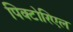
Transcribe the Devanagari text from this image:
पिक्टोरिएल